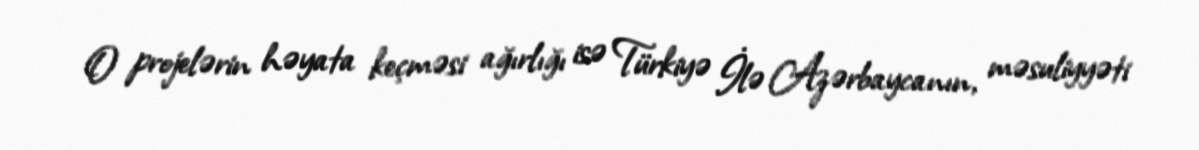
O projelərin həyata keçməsi ağırlığı isə Türkiyə İlə Azərbaycanın, məsuliyyəti